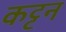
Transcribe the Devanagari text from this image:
कट्टन